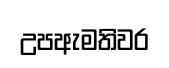
උපඇමතිවර